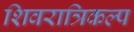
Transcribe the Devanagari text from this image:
शिवरात्रिकल्प